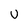
Character: U